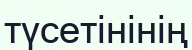
түсетінінің